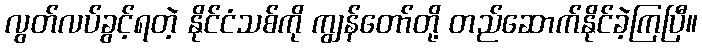
လွတ်လပ်ခွင့်ရတဲ့ နိုင်ငံသစ်ကို ကျွန်တော်တို့ တည်ဆောက်နိုင်ခဲ့ကြပြီ။